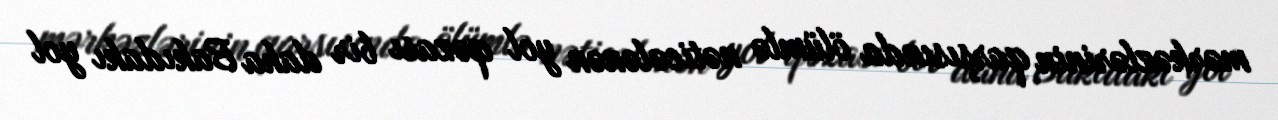
mərkəzlərinin qarşısında ölümlə nəticələnən yol qəzası bir daha Bakıdakı yol